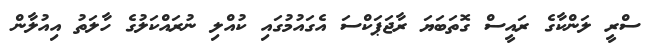
ސްރީ ލަންކާގެ ރައީސް ގޮތަބަޔަ ރާޖަޕަކްސަ އެގައުމުގައި ކުއްލި ނުރައްކަލުގެ ހާލަތު އިއުލާން